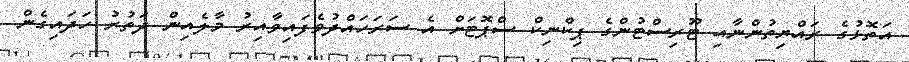
އަތޮޅުގެ ރައްޔިތުންނާއި ޓޫރިސްޓުންގެ ޕިކްނިކް ސްޕޮޓަށް އެ ސަރަހައްދުވެފައިވާއިރު މާލެއިން ދަތުރު ހަދައިގެން